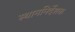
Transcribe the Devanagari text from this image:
स्थाननिर्देशक